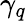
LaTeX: \gamma_{q}